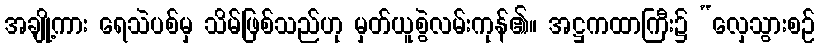
အချို့ကား ရေသဲပစ်မှ သိမ်ဖြစ်သည်ဟု မှတ်ယူစွဲလမ်းကုန်၏။ အဋ္ဌကထာကြီး၌ “လှေသွားစဉ်